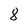
Character: 8